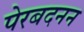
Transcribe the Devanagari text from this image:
पेरबदनन